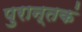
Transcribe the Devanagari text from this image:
पुरान्तकं